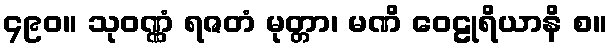
၄၉၀။ သုဝဏ္ဏံ ရဇတံ မုတ္တာ၊ မဏိ ဝေဠုရိယာနိ စ။